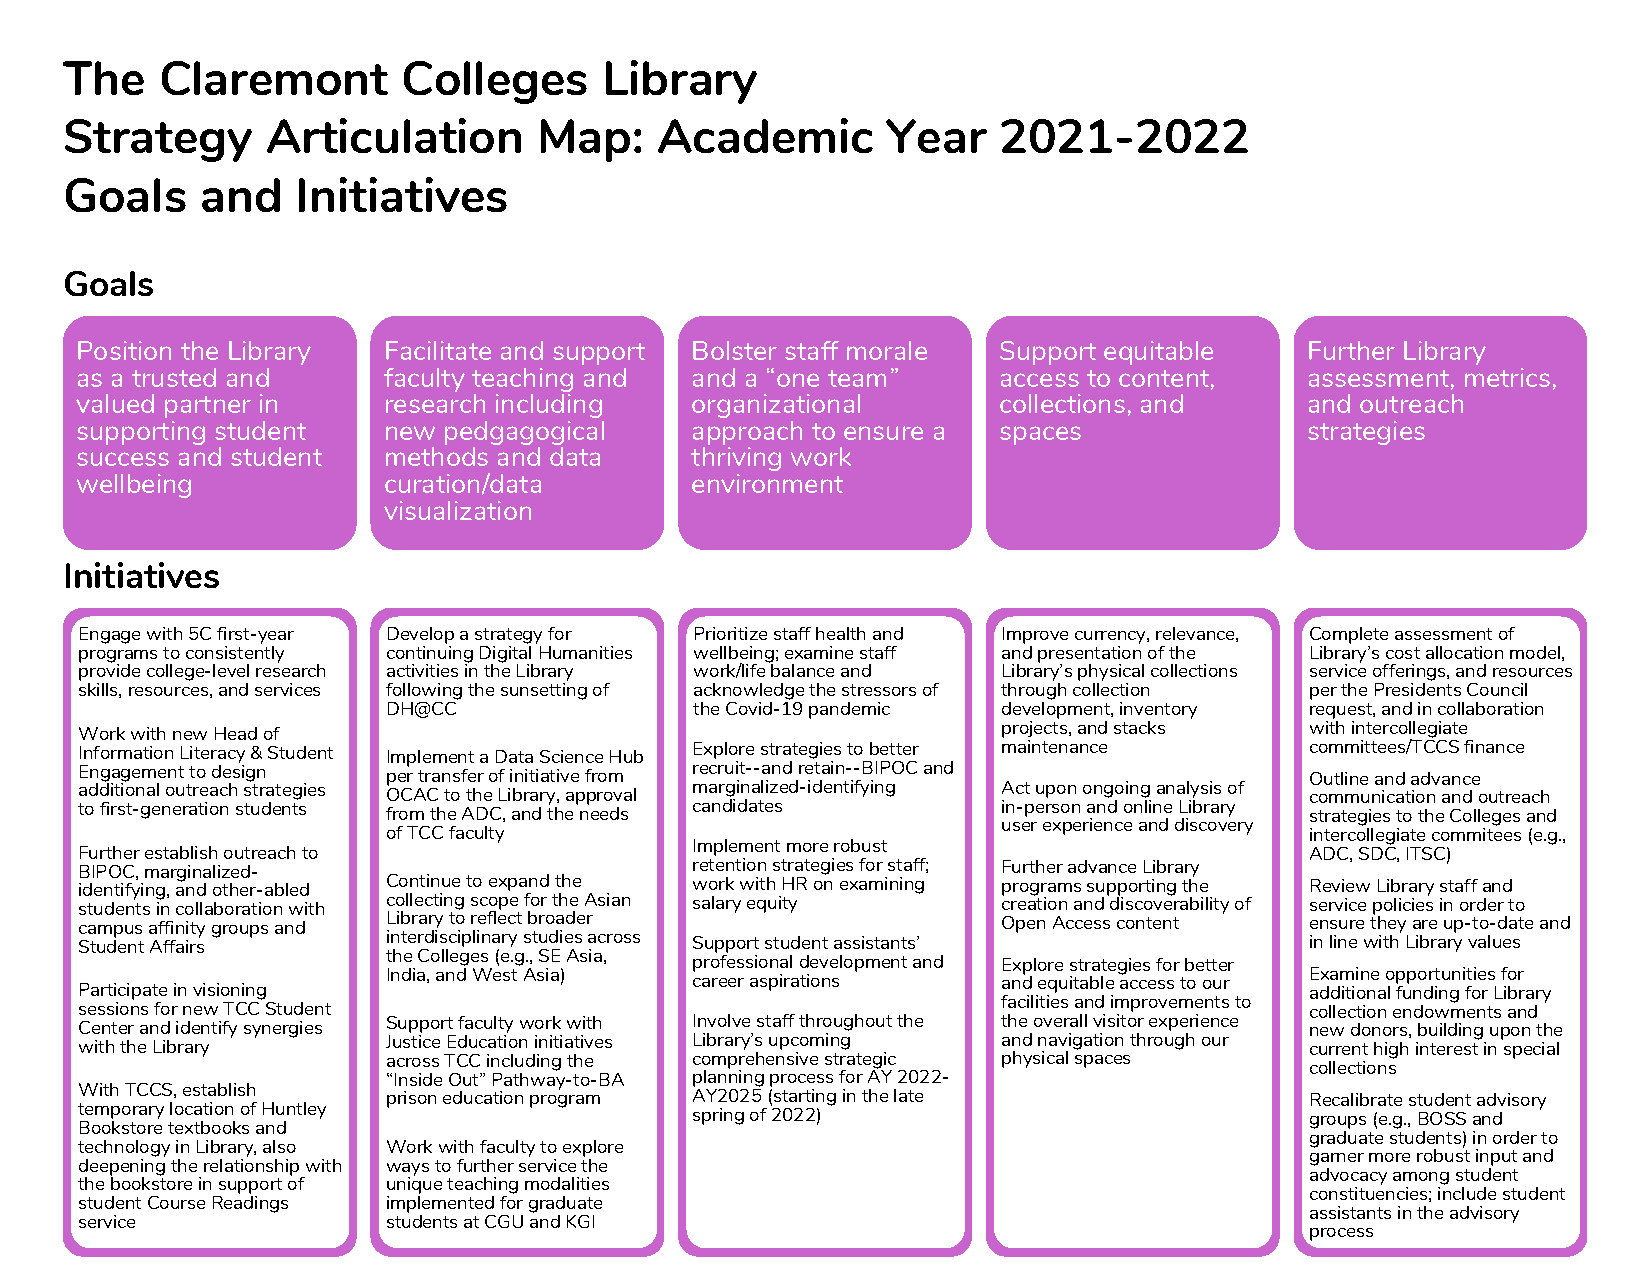
The   Claremont        Colleges     Library
 Strategy      Articulation      Map:   Academic        Year   2021-2022
 Goals    and    Initiatives
 Goals
 Position the Library Facilitate and support Bolster staff morale Support equitable Further Library
 as a trusted and    faculty teaching and and a “one team”    access to content,  assessment, metrics,
 valued partner in   research including   organizational      collections, and    and outreach
 supporting student  new pedgagogical     approach to ensure a spaces             strategies
 success and student methods and data     thriving work
 wellbeing           curation/data        environment
 visualization
 Initiatives
 Engage with 5C first-year Develop a strategy for Prioritize staff health and Improve currency, relevance, Complete assessment of
 programs to consistently continuing Digital Humanities wellbeing; examine staff and presentation of the Library’s cost allocation model,
 provide college-level research activities in the Library work/life balance and Library’s physical collections service offerings, and resources
 skills, resources, and services following the sunsetting of acknowledge the stressors of through collection per the Presidents Council
 DH@CC               the Covid-19 pandemic development, inventory request, and in collaboration
 Work with new Head of                                        projects, and stacks with intercollegiate
 Information Literacy & Student Implement a Data Science Hub Explore strategies to better maintenance committees/TCCS finance
 Engagement to design per transfer of initiative from recruit--and retain--BIPOC and Outline and advance
 additional outreach strategies OCAC to the Library, approval marginalized-identifying Act upon ongoing analysis of communication and outreach
 to first-generation students from the ADC, and the needs candidates in-person and online Library strategies to the Colleges and
 user experience and discovery
 of TCC faculty                                               intercollegiate commitees (e.g.,
 Implement more robust
 Further establish outreach to                                                     ADC, SDC, ITSC)
 BIPOC, marginalized-                     retention strategies for staff; Further advance Library
 identifying, and other-abled Continue to expand the work with HR on examining programs supporting the Review Library staff and
 students in collaboration with collecting scope for the Asian salary equity creation and discoverability of service policies in order to
 campus affinity groups and Library to reflect broader        Open Access content  ensure they are up-to-date and
 Student Affairs      interdisciplinary studies across Support student assistants’ in line with Library values
 the Colleges (e.g., SE Asia, professional development and Explore strategies for better
 India, and West Asia) career aspirations and equitable access to our Examine opportunities for
 Participate in visioning                                                          additional funding for Library
 facilities and improvements to
 sessions for new TCC Student                                                      collection endowments and
 Center and identify synergies Support faculty work with Involve staff throughout the the overall visitor experience new donors, building upon the
 with the Library     Justice Education initiatives Library’s upcoming and navigation through our current high interest in special
 across TCC including the comprehensive strategic physical spaces
 collections
 “Inside Out” Pathway-to-BA planning process for AY 2022-
 With TCCS, establish prison education program AY2025 (starting in the late        Recalibrate student advisory
 temporary location of Huntley            spring of 2022)                          groups (e.g., BOSS and
 Bookstore textbooks and
 graduate students) in order to
 technology in Library, also Work with faculty to explore
 garner more robust input and
 deepening the relationship with ways to further service the
 advocacy among student
 the bookstore in support of unique teaching modalities
 constituencies; include student
 student Course Readings implemented for graduate
 assistants in the advisory
 service              students at CGU and KGI
 process